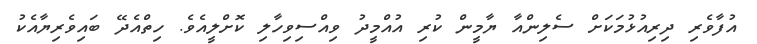
އުފާވެރި ދިރިއުޅުމަކަށް ސެލިންއާ ޔާމީން ކުރި އުއްމީދު ވިއްސިވިހާލި ކޮށްލީއެވެ. ހިތްއެދޭ ބައިވެރިޔާއެކު